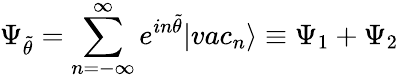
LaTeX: \Psi_{\tilde{\theta}}=\sum_{n=-\infty}^{\infty}e^{in\tilde{\theta}}|vac_{n}\rangle\equiv\Psi_{1}+\Psi_{2}